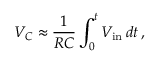
V _ { C } \approx { \frac { 1 } { R C } } \int _ { 0 } ^ { t } V _ { \mathrm { i n } } \, d t \, ,